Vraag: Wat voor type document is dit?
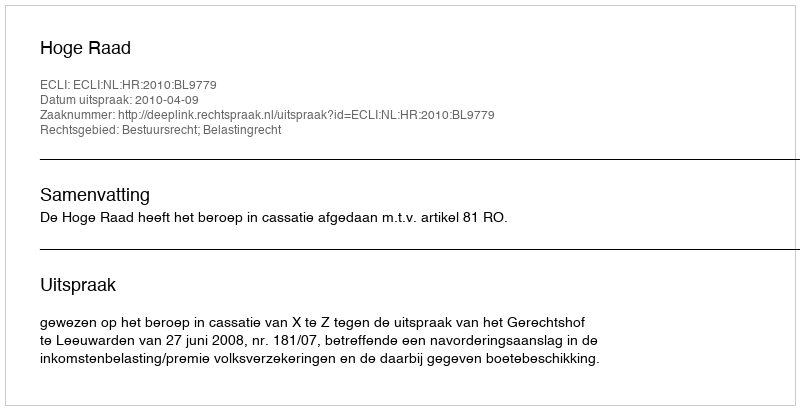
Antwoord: Uitspraak